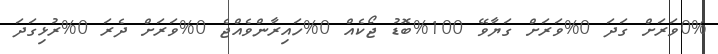
0%ވަރަށް ގަދަ 0%ވަރަށް ގަޔާވޭ 100%ބޮޑު ޖޯކެއް 0%ހައިރާންވެއްޖެ 0%ވަރަށް ދެރަ 0%ރުޅިގަދަ